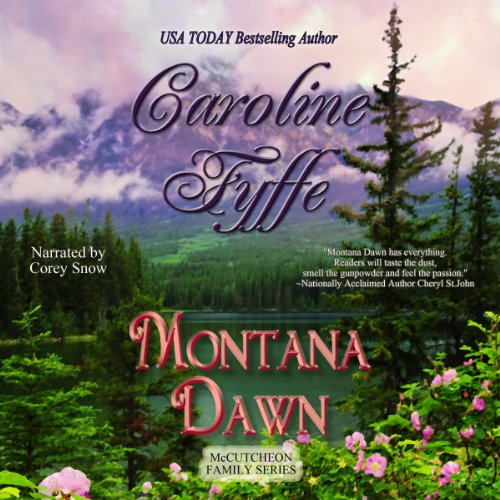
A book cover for Montana Dawn: McCutcheon Family Series, Book 1; Caroline Fyffe; Romance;